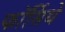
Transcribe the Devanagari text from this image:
फॉर्सिथे